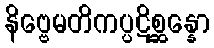
နိဗ္ဗေမတိကပ္ပဋိစ္ဆန္နော